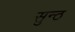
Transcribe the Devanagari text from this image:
सुन्ठ